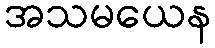
အသမယေန